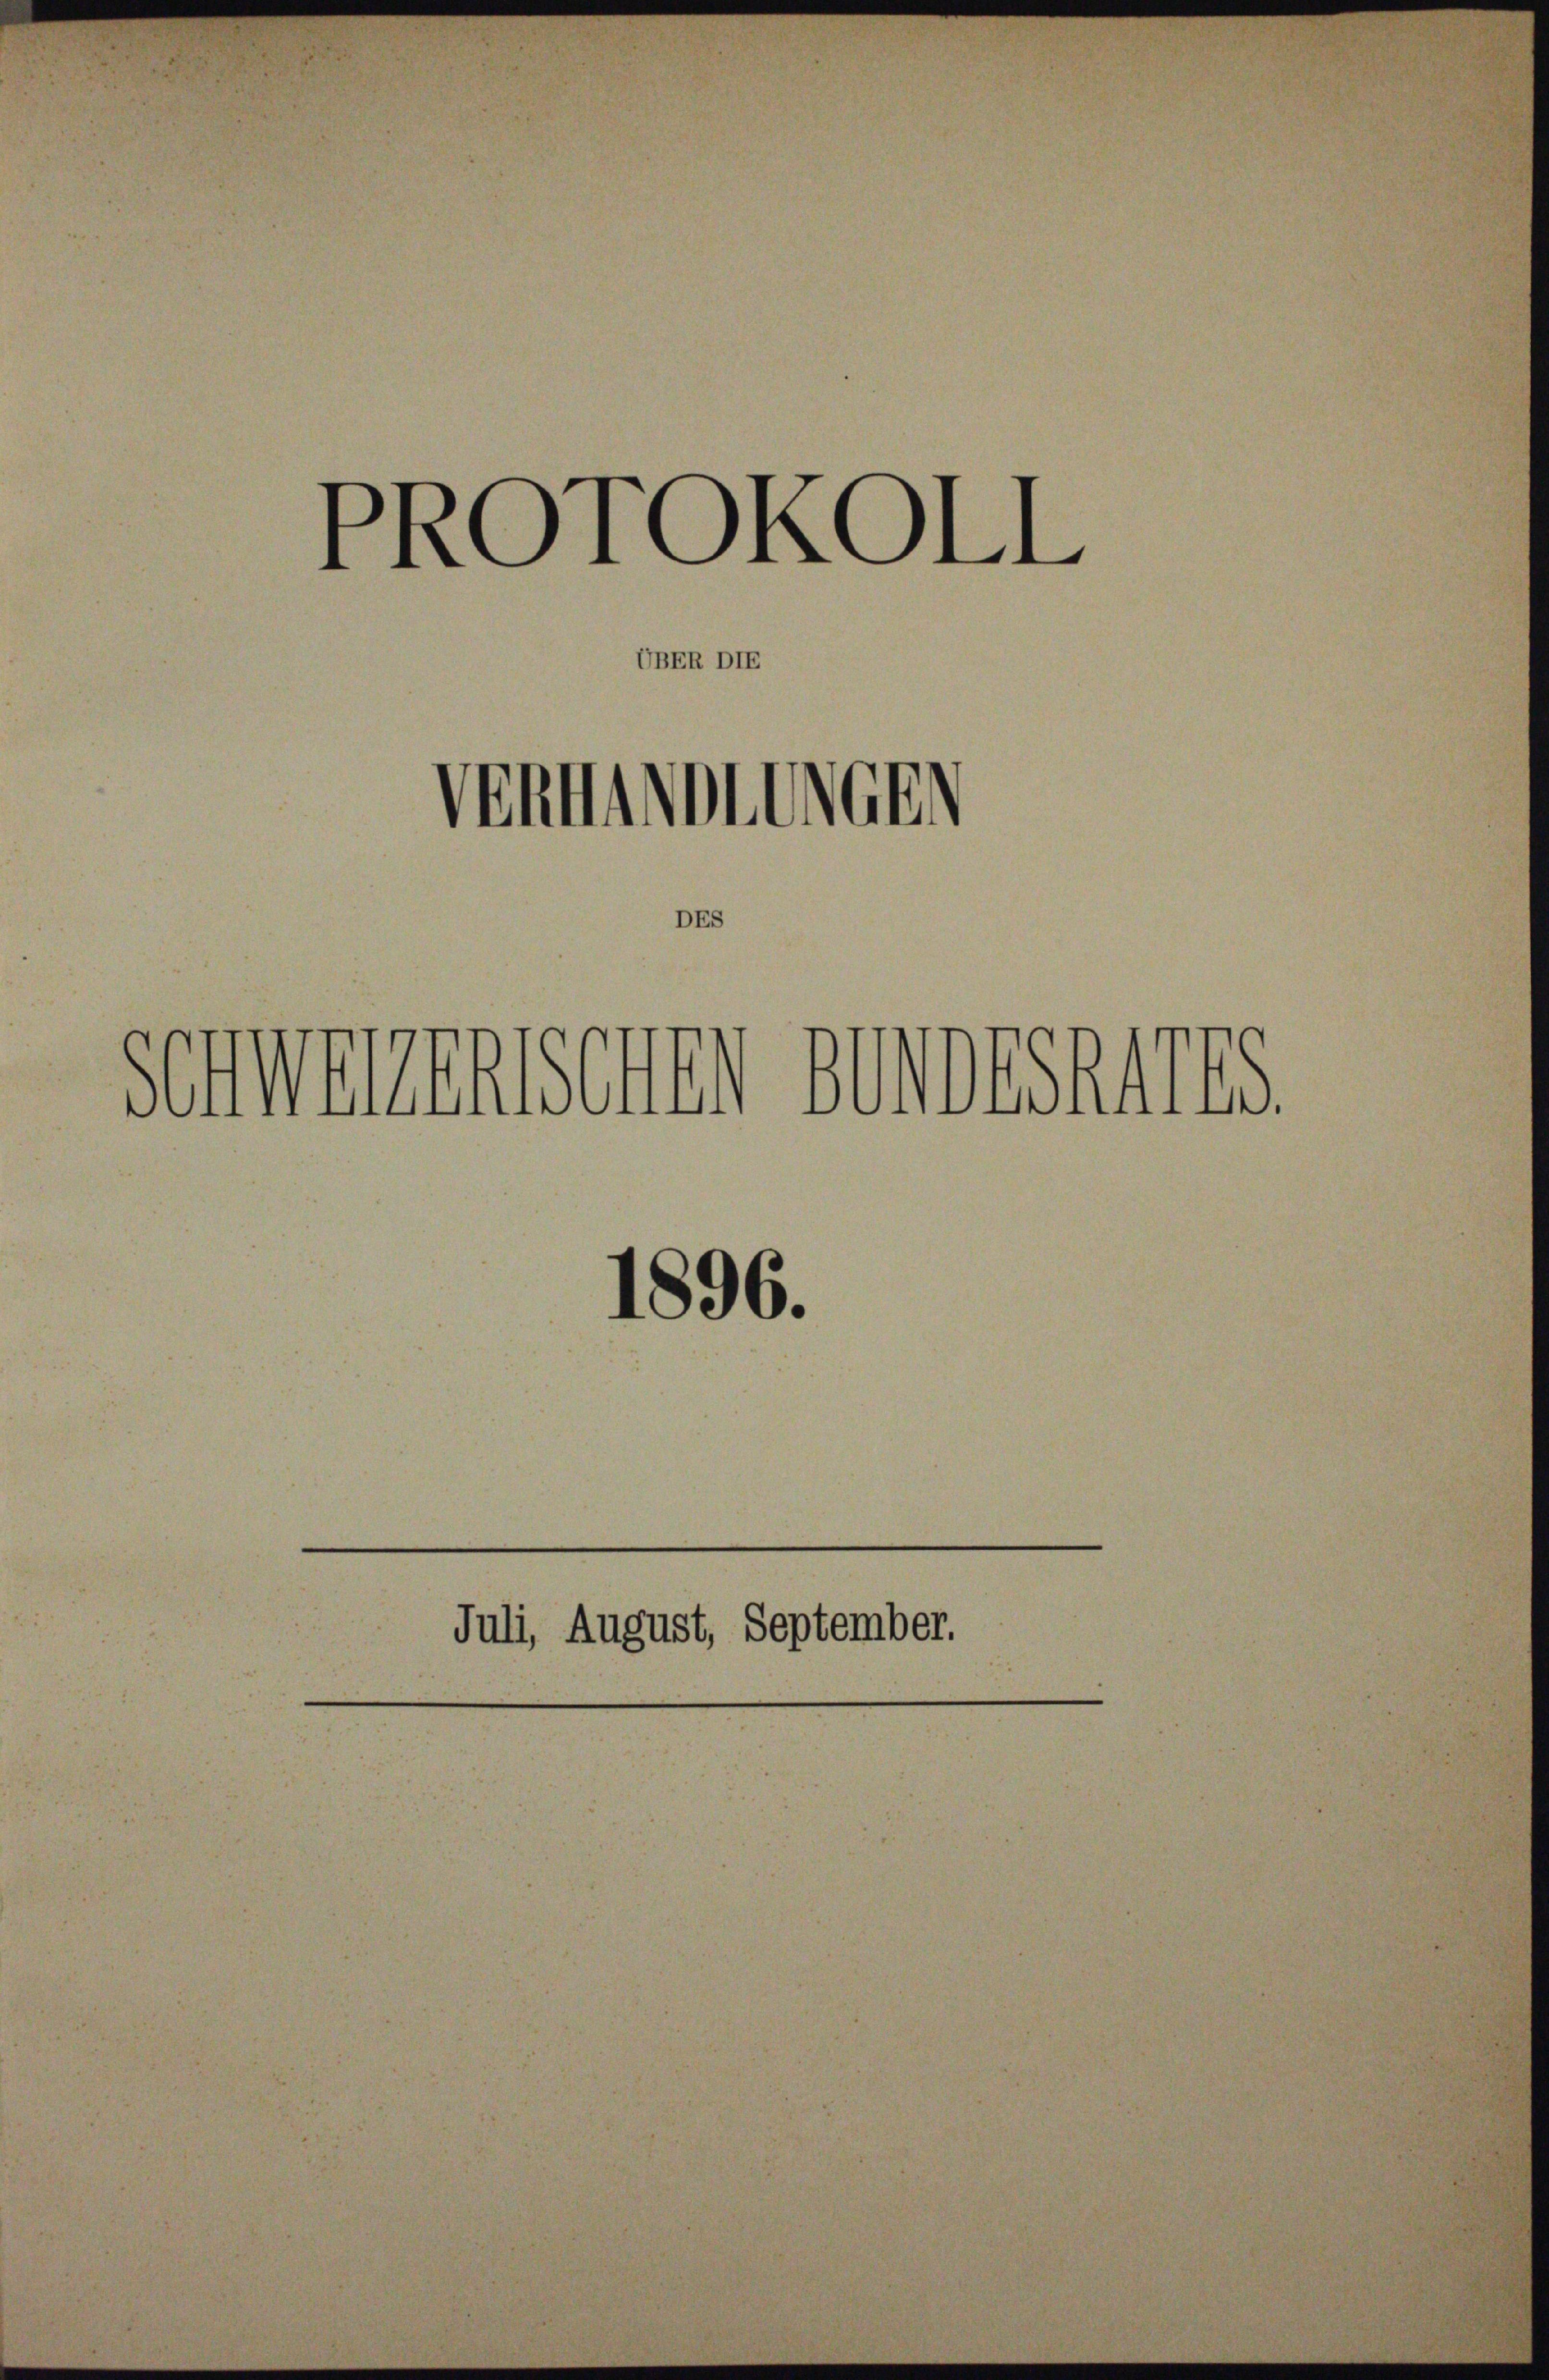
PROTOKOLL
Vermitten
DES
schwerenischen deshalts
1896.
Juli, August, September.

UBER DIE